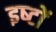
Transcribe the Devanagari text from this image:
इष्‍टों